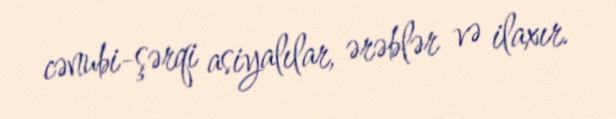
cənubi-şərqi asiyalılar, ərəblər və ilaxır.